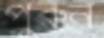
পুরুন